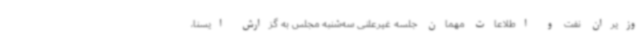
وزیران نفت و اطلاعات مهمان جلسه غیرعلنی سه‌شنبه مجلس به گزارش ایسنا،